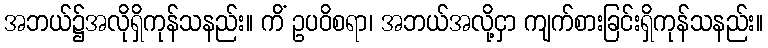
အဘယ်၌အလိုရှိကုန်သနည်း။ ကိံ ဥပဝိစရာ၊ အဘယ်အလို့ငှာ ကျက်စားခြင်းရှိကုန်သနည်း။